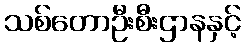
သစ်တောဦးစီးဌာနနှင့်